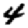
Digit: 4